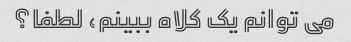
می توانم یک کلاه ببینم، لطفا؟